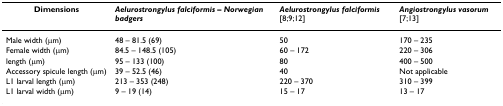
| Dimensions | Aelurostrongylus falciformis – Norwegian badgers | Aelurostrongylus falciformis [8;9;12] | Angiostrongylus vasorum [7;13] |
 | --- | --- | --- | --- |
 | Male width (μm) | 48 – 81.5 (69) | 50 | 170 – 235 |
 | Female width (μm) | 84.5 – 148.5 (105) | 60 – 172 | 220 – 306 |
 | length (μm) | 95 – 133 (100) | 80 | 400 – 500 |
 | Accessory spicule length (μm) | 39 – 52.5 (46) | 40 | Not applicable |
 | L1 larval length (μm) | 213 – 353 (248) | 220 – 370 | 310 – 399 |
 | L1 larval width (μm) | 9 – 19 (14) | 15 – 17 | 13 – 17 |